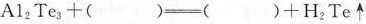
$$A l _ { 2 } T e _ { 3 } + () = () + H _ { 2 } T e ↑$$